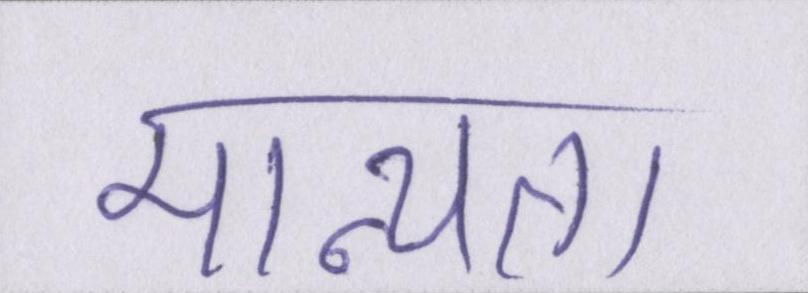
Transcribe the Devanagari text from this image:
मान्यता